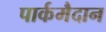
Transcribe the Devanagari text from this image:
पार्कमैदान